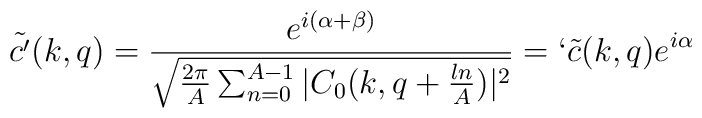
\tilde{c'}(k,q)=\frac{e^{i(\alpha+\beta)}}{\sqrt{\frac{2\pi}{A}\sum_{n=0}^{A-1}|C_0(k,q+\frac{ln}{A})|^2}}=`\tilde{c}(k,q)e^{i\alpha}